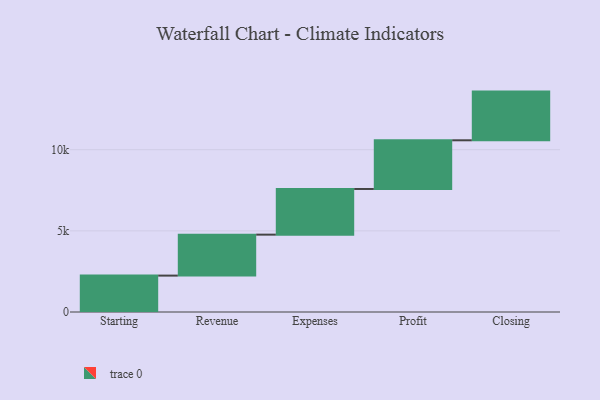
{"axis": {"x": "Step", "y": "Value"}, "legend": [""], "data": [{"x": "Starting", "y": 2243.0, "type": ""}, {"x": "Revenue", "y": 2524.0, "type": ""}, {"x": "Expenses", "y": 2814.0, "type": ""}, {"x": "Profit", "y": 3000, "type": ""}, {"x": "Closing", "y": 3000, "type": ""}]}